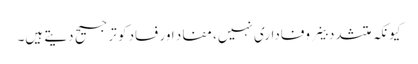
کیونکہ متشدد خلیے وفاداری نہیں، مفاد اور فساد کو ترجیح دیتے ہیں۔